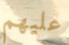
عليهم